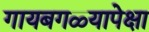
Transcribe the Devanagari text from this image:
गायबगळ्यापेक्षा